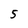
Character: 5